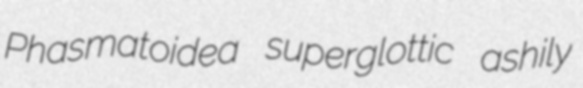
Phasmatoidea superglottic ashily